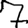
Digit: 7